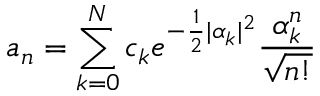
a _ { n } = \sum _ { k = 0 } ^ { N } c _ { k } e ^ { - \frac { 1 } { 2 } | \alpha _ { k } | ^ { 2 } } \frac { \alpha _ { k } ^ { n } } { \sqrt { n ! } }